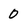
Character: 0